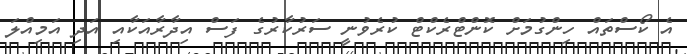
އެ ކޯސްތައް ހިންގުމަށް ކޮންޓްރެކްޓް ކުރެވުނީ ސަރުކާރުގެ ފަސް އިދާރާއަކާއި އަދި އަމިއްލަ